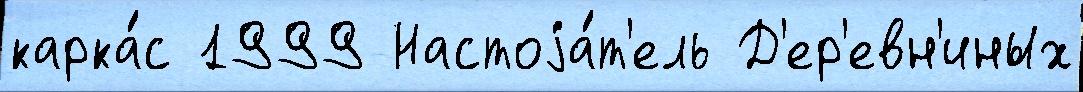
карка́с 1999 Настоjа́т'ель Д'ер'евн'иных